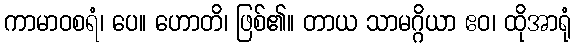
ကာမာဝစရံ၊ ပေ။ ဟောတိ၊ ဖြစ်၏။ တာယ သာမဂ္ဂိယာ ဧဝ၊ ထိုအာရုံ